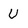
Character: U